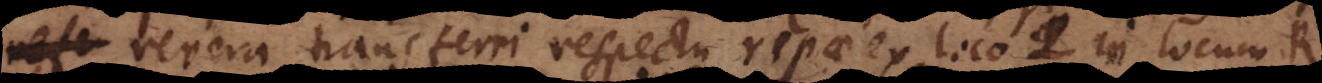
revera transferri respectu ripae ex loco Q in locum R,